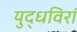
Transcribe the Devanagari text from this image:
युद्धविरां